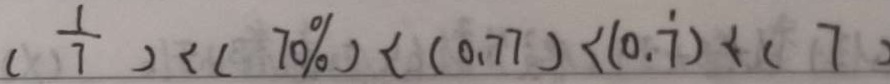
( \frac { 1 } { 7 } ) < ( 7 0 \% ) < ( 0 . 7 7 ) < ( 0 . \dot { 7 } ) < ( 7 )